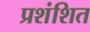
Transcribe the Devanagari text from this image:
प्रशंशित